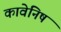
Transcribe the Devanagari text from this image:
कावेनिष